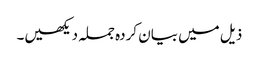
ذیل میں بیان کردہ جملہ دیکھیں۔